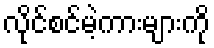
လိုင်စင်မဲ့ကားများကို